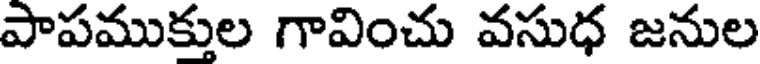
పాపముక్తుల గావించు వసుధ జనుల